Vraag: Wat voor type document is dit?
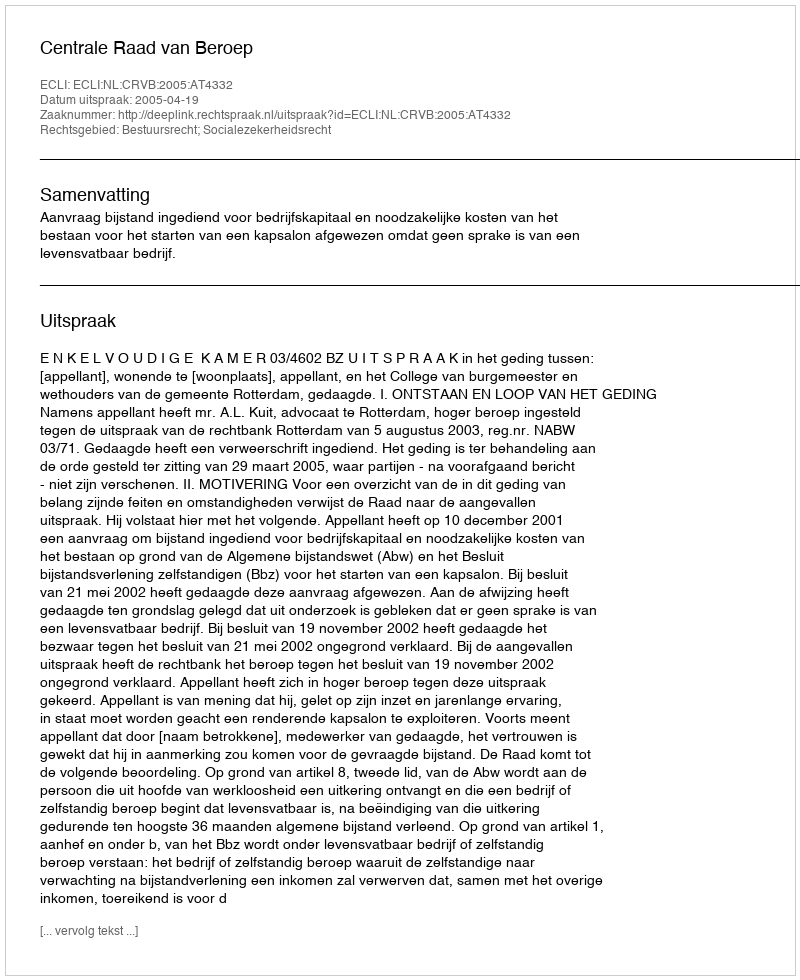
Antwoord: Uitspraak